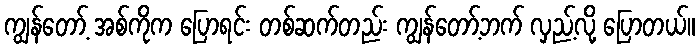
ကျွန်တော့် အစ်ကိုက ပြောရင်း တစ်ဆက်တည်း ကျွန်တော့်ဘက် လှည့်လို့ ပြောတယ်။